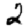
Digit: 2